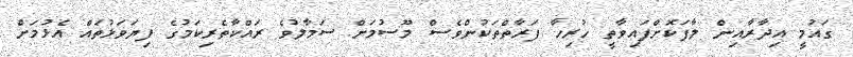
ގައުމީ އިދާރާއިން ލާފަކޮށްފައިވާތީ ހުރިހާ ފަރާތްތަކުންވެސް މޫސުމަށް ސަމާލުވެ ރައްކާތެރިކަމުގެ ފިޔަވަޅުތައް އެޅުމަށް